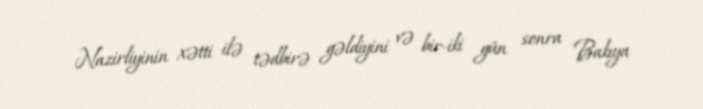
Nazirliyinin xətti ilə tədbirə gəldiyini və bir-iki gün sonra Bakıya